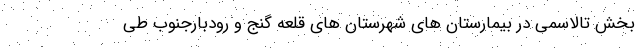
بخش تالاسمی در بیمارستان های شهرستان های قلعه گنج و رودبارجنوب طی